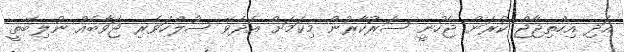
އަދި އިހްތިޖާޖް ކުރަން ޖެހުނީ ސަރުކާރުން މިކަމަށް އެދެވޭ ސުލްހަވެރި ޖަވާބެއް ނުލިބޭތީ